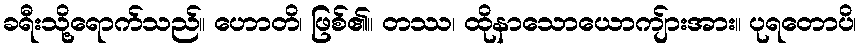
ခရီးသို့ရောက်သည်။ ဟောတိ၊ ဖြစ်၏။ တဿ၊ ထိုနာသောယောကျ်ားအား။ ပုရတောပိ၊